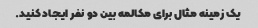
یک زمینه مثال برای مکالمه بین دو نفر ایجاد کنید.